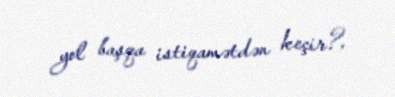
yol başqa istiqamətdən keçir?.